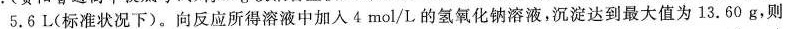
5.6L(标准状况下)。向反应所得溶液中加入4mol/L的氢氧化钠溶液，沉淀达到最大值为13.60g，则